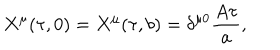
X ^ { \mu } ( \tau , 0 ) = X ^ { \mu } ( \tau , b ) = \delta ^ { \mu 0 } { \frac { A \tau } { a } } ,